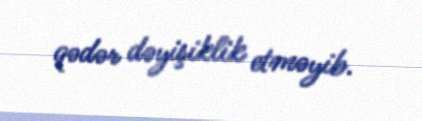
qədər dəyişiklik etməyib.